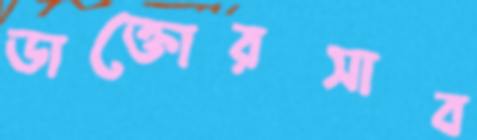
ডাক্তোরসাব